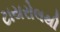
ટાયરોલથી